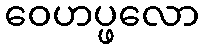
ဝေဟပ္ဖလော